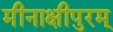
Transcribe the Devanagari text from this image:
मीनाक्षीपुरम्